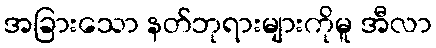
အခြားသော နတ်ဘုရားများကိုမူ အီလာ